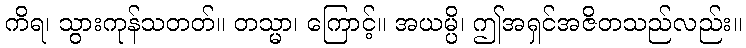
ကိရ၊ သွားကုန်သတတ်။ တသ္မာ၊ ကြောင့်။ အယမ္ပိ၊ ဤအရှင်အဇိတသည်လည်း။